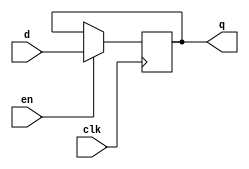

module register #(parameter WIDTH =16)
               (input                  clk, en,
                input      [WIDTH-1:0] d,
                output reg [WIDTH-1:0] q);

   always @(posedge clk)begin
 
	if (en)
	q <= d;
	else
	q <= q;
	end
	endmodule